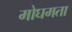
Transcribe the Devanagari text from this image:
मोघमता